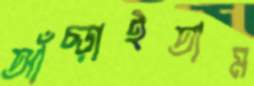
আঁচ্‌ড়াইতাম